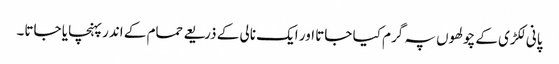
پانی لکڑی کے چولھوں پہ گرم کیا جاتا اور ایک نالی کے ذریعے حمام کے اندر پہنچایا جاتا۔